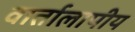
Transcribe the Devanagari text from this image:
वार्तालापीय